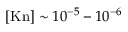
[ \mathrm { K n } ] \sim 1 0 ^ { - 5 } - 1 0 ^ { - 6 }